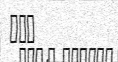
٢٥١